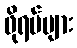
ဖိုရမ်များ